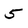
Character: 5